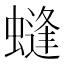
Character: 䗦